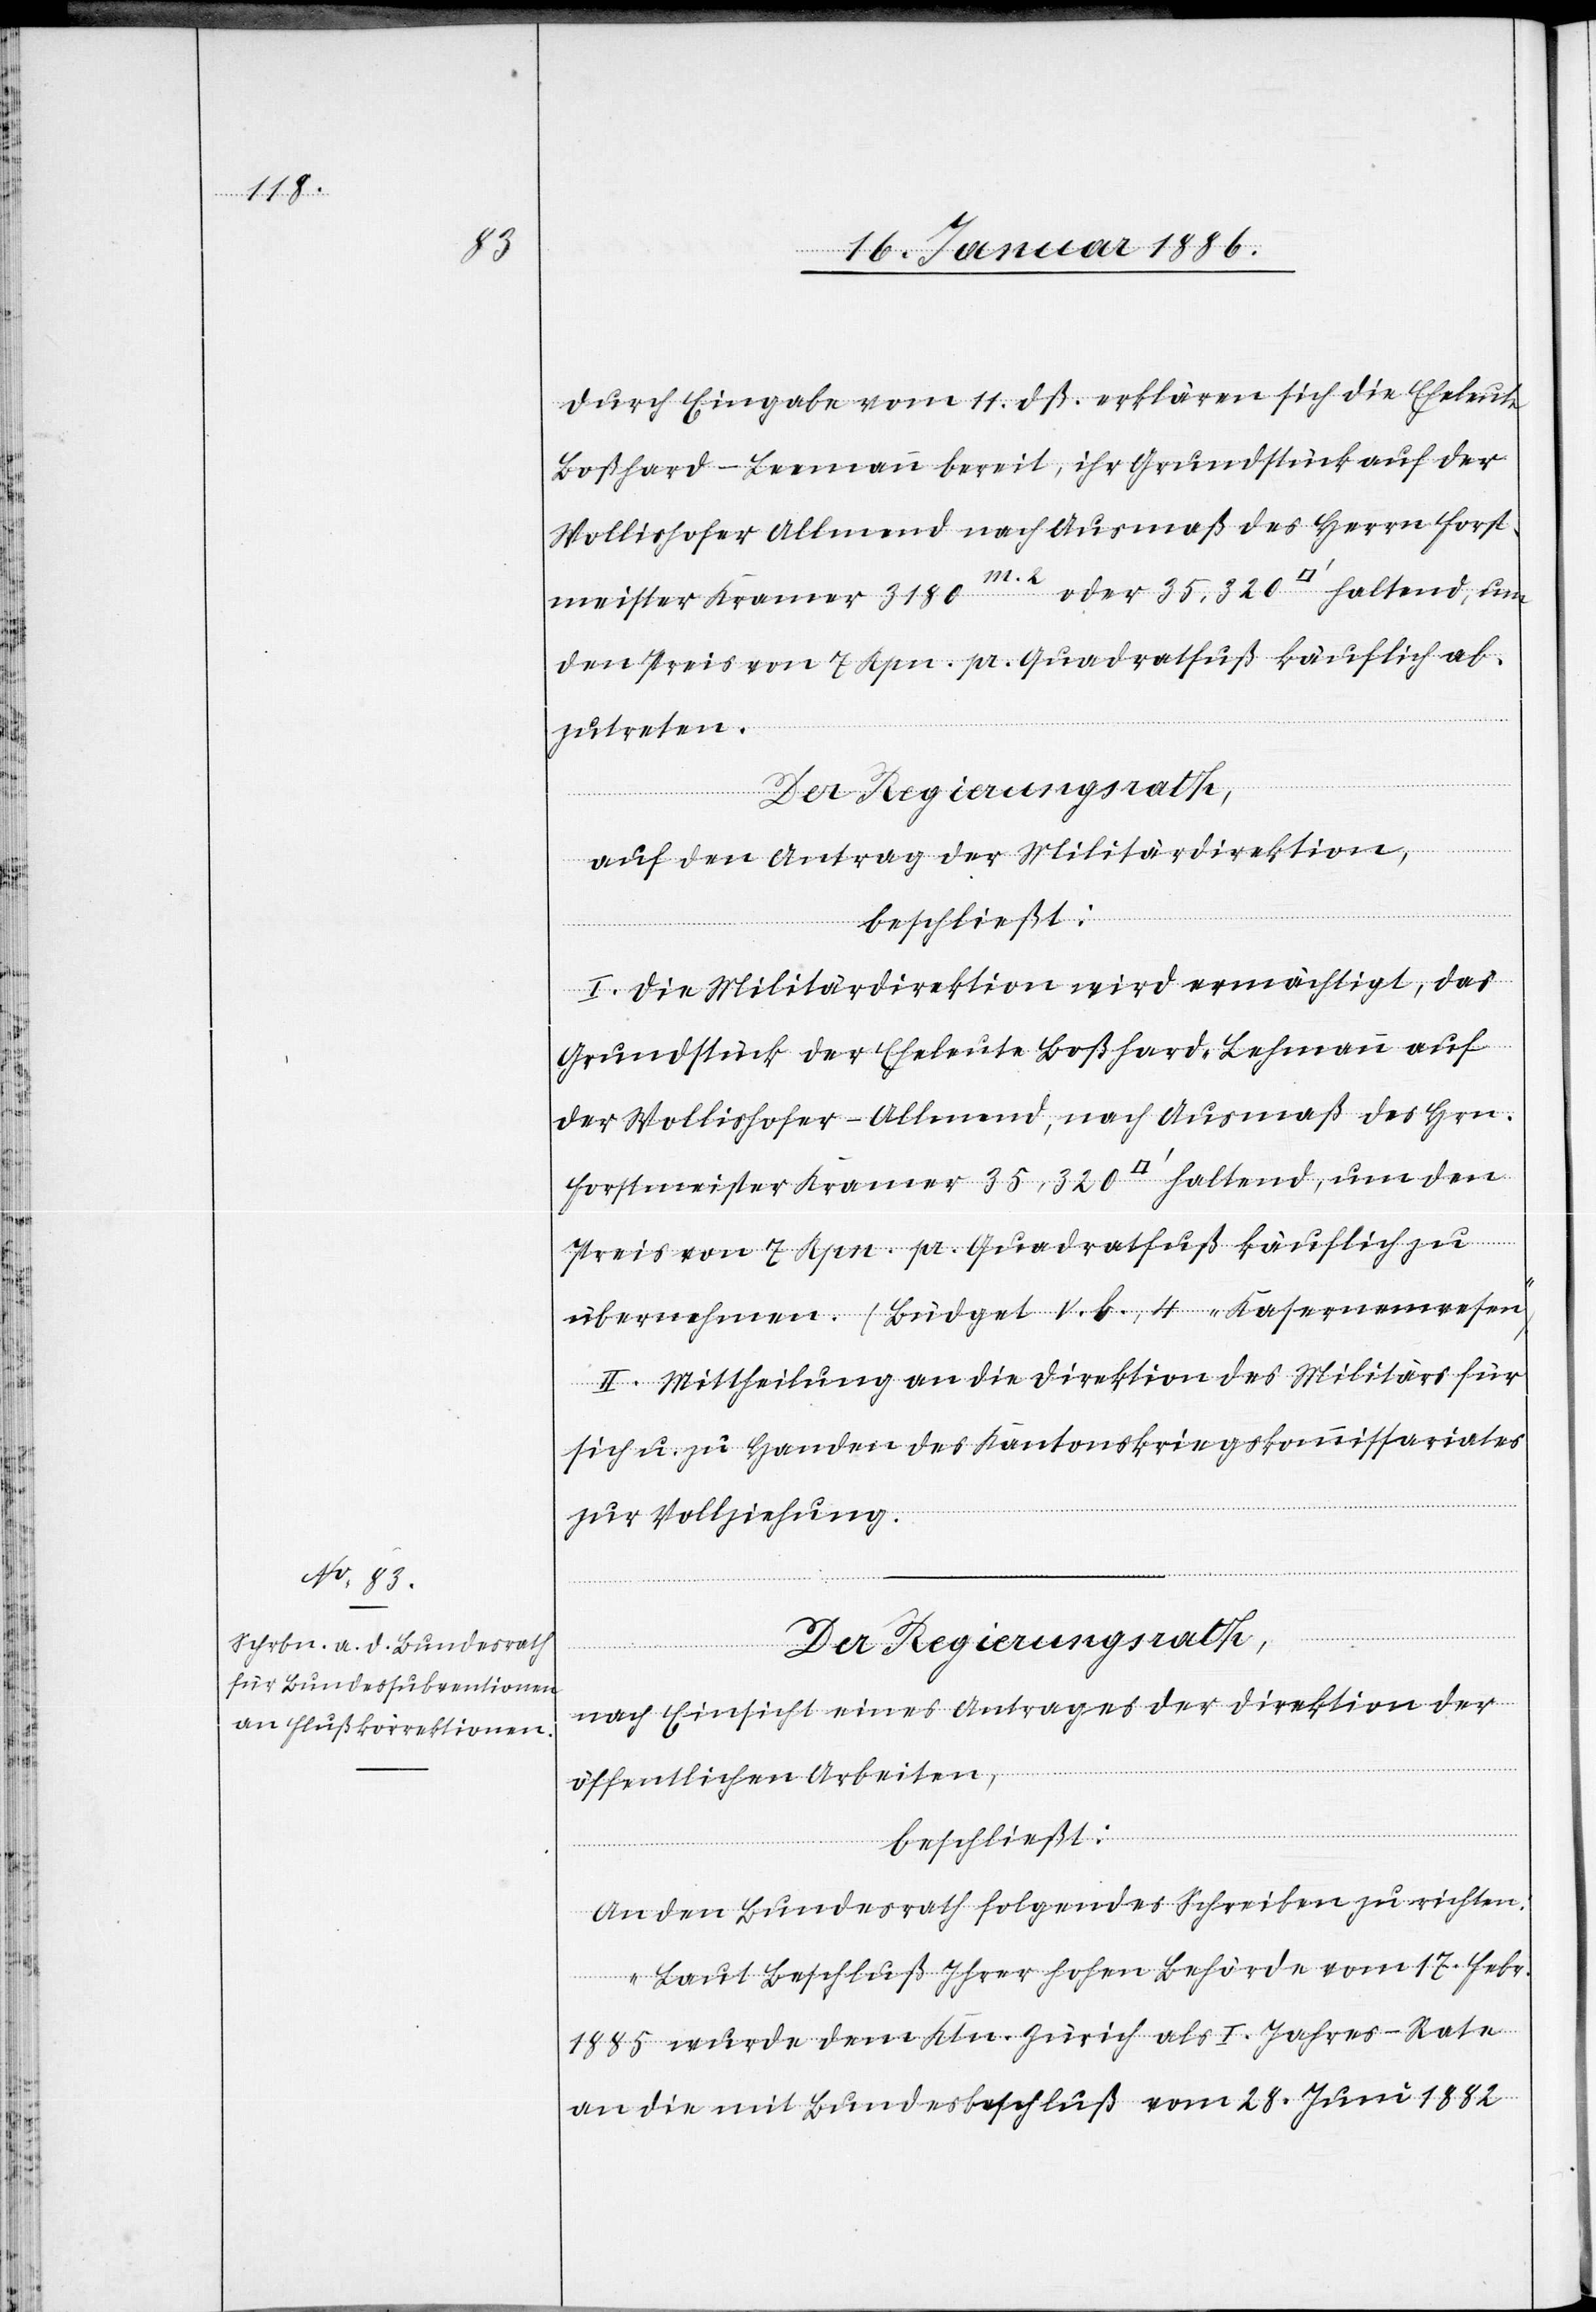
Durch Eingabe vom 11. dß. erklären sich die Eheleute
Boßhard-Lehmann bereit, ihr Grundstück auf der
Wollishofer Allmend nach Ausmaß des Herrn Fortm¬
den Preis von 7 Rpn. pr. Quadratfuß käuflich ab¬
zutreten.
Der Regierungsrath,
auf den Antrag der Militärdirektion,
beschließt:
I. Die Militärdirektion wird ermächtigt, das
Grundstück der Eheleute Boßhard-Lehmann auf
der Wollishofer-Allmend nach Ausmaß des Hrn.
Fortmeister Kramer 35,320 [Quadratfuss] haltend, um den
Preis von 7 Rpn. pr. Quadratfuß käuflich zu
übernehmen. (Büdget v. b. 4 „Kasernenwesen“)
II. Mittheilung an die Direktion des Militärs für
sich u. zu Handen des Kantonskriegskommissariates
zur Vollziehung.
haltend,
Der Regierungsrath,
nach Einsicht eines Antrages der Direktion der
öffentlichen Arbeiten,
beschließt:
An den Bundesrath folgendes Schreiben zu richten:
„Laut Beschluß Ihrer hohen Behörde vom 17. Febr.
1885 wurde dem Ktn. Zürich als I. Jahres-Rate
an die mit Bundesbeschluß vom 28. Juni 1882